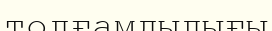
толғамдылығы